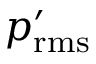
p _ { \mathrm { r m s } } ^ { \prime }